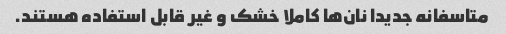
متاسفانه جدیدا نان‌ها کاملا خشک و غیر قابل استفاده هستند.